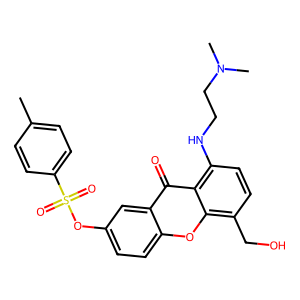
SMILES: Cc1ccc(S(=O)(=O)Oc2ccc3oc4c(CO)ccc(NCCN(C)C)c4c(=O)c3c2)cc1
Inhibits HIV replication: No